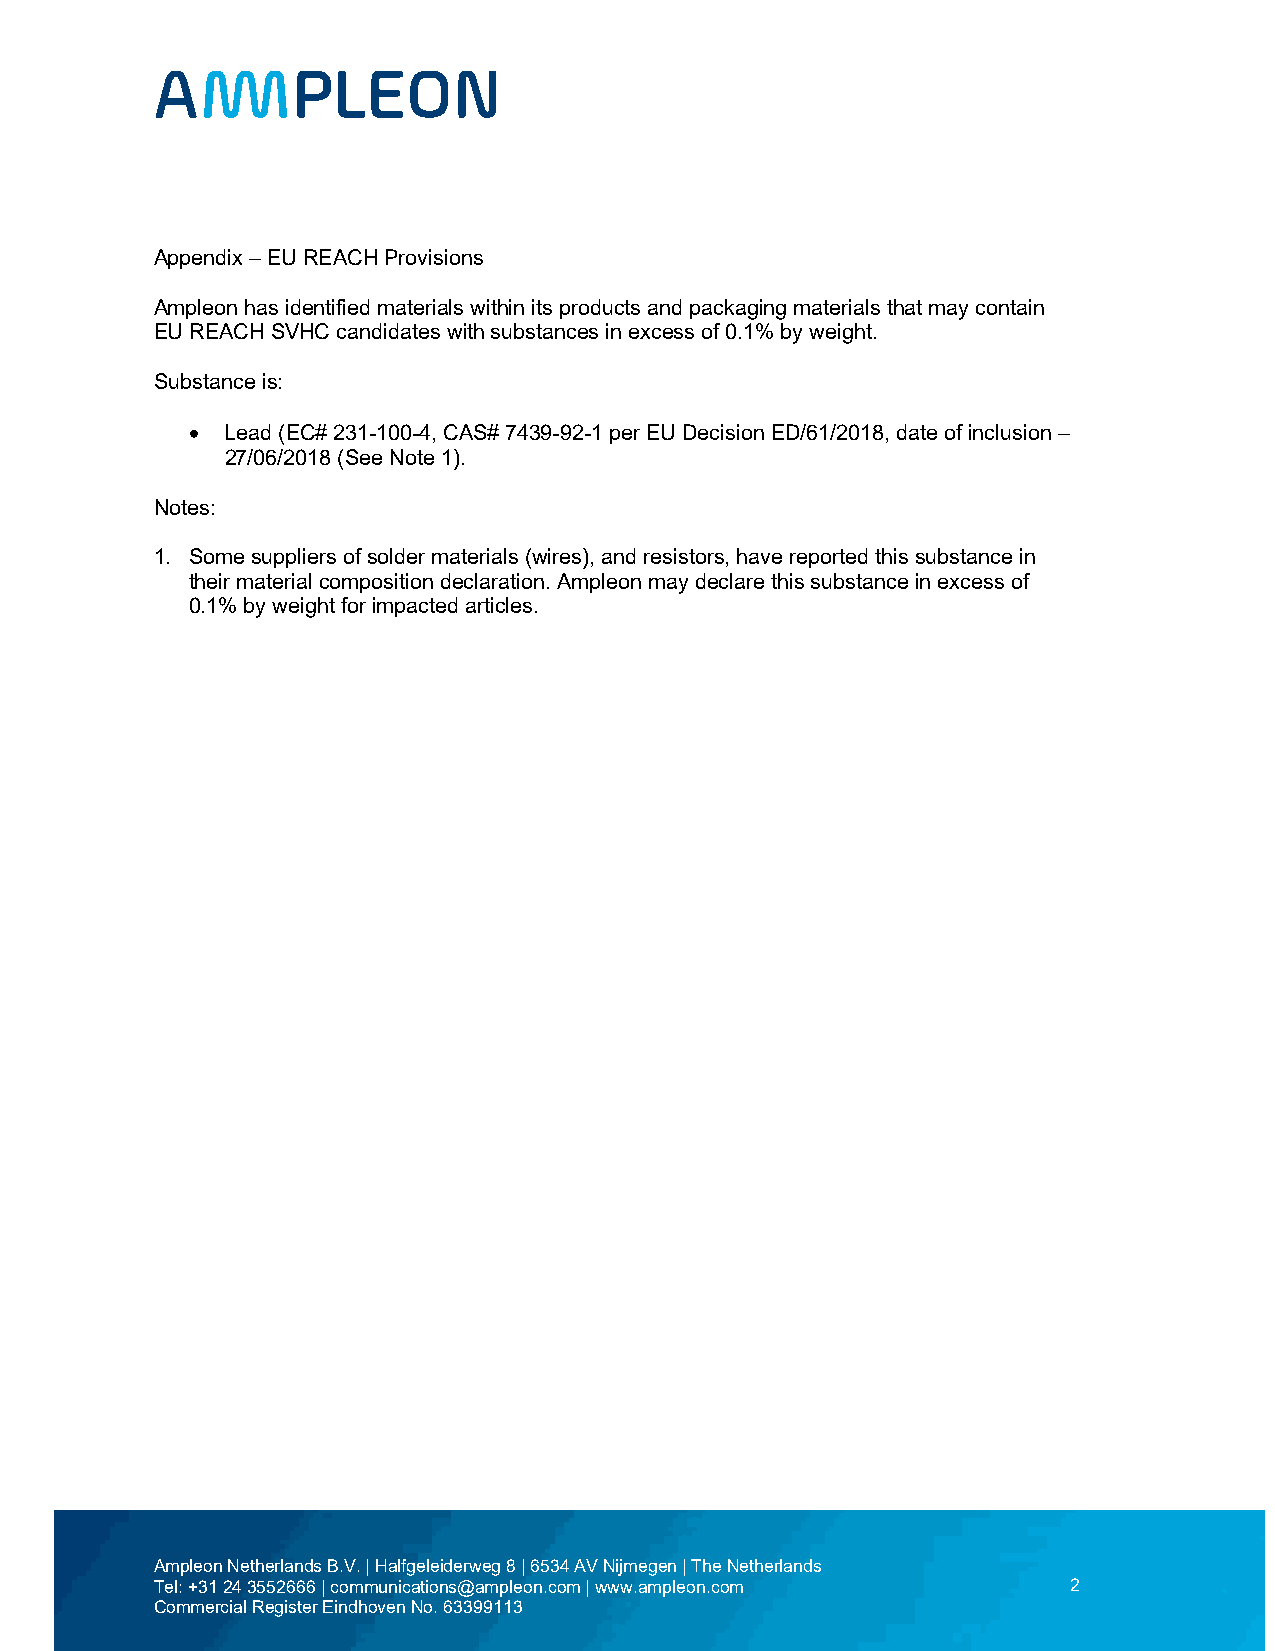
Appendix – EU REACH Provisions
 Ampleon has identified materials within its products and packaging materials that may contain
 EU REACH SVHC candidates with substances in excess of 0.1% by weight.
 Substance is:
  Lead (EC# 231-100-4, CAS# 7439-92-1 per EU Decision ED/61/2018, date of inclusion –
 27/06/2018 (See Note 1).
 Notes:
 1. Some suppliers of solder materials (wires), and resistors, have reported this substance in
 their material composition declaration. Ampleon may declare this substance in excess of
 0.1% by weight for impacted articles.
 Ampleon Netherlands B.V. | Halfgeleiderweg 8 | 6534 AV Nijmegen | The Netherlands
 Tel: +31 24 3552666 | communications@ampleon.com | www.ampleon.com 2
 Commercial Register Eindhoven No. 63399113